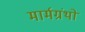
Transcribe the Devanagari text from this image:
मार्मग्रंथों